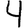
Digit: 4